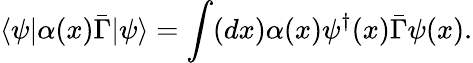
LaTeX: \langle\psi|\alpha(x)\bar{\Gamma}|\psi\rangle=\int(dx)\alpha(x)\psi^{\dagger}(x)\bar{\Gamma}\psi(x).